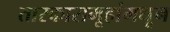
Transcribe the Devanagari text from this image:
तारकासमूहांमधून